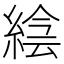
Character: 𦁌